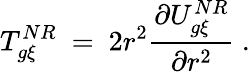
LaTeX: T_{g\xi}^{NR}\ =\ 2r^{2}\frac{\partial U_{g\xi}^{NR}}{\partial r^{2}}\ .